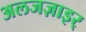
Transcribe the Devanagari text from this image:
अलजज़ाइर्